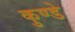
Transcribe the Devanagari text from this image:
कुण्डे